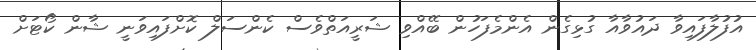
އުފުލާފައިވާ ދައުވާއާ ގުޅިގެން އެންމެފަހުން ބޭއްވި ޝަރީއަތްވެސް ކެންސަލް ކޮށްފައިވަނީ ޝާން ކޯޓަށް